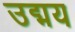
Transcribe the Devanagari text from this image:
उद्मय